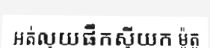
អត់លុយផឹកស៊ីយក ម៉ូតូ